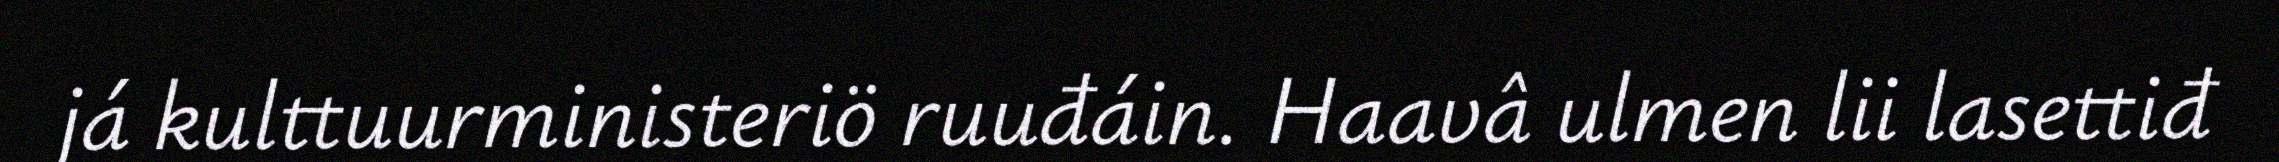
já kulttuurministeriö ruuđáin. Haavâ ulmen lii lasettiđ